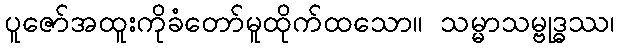
ပူဇော်အထူးကိုခံတော်မူထိုက်ထသော။ သမ္မာသမ္ဗုဒ္ဓဿ၊